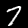
Digit: 7